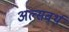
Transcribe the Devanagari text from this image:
अल्सवर्थ